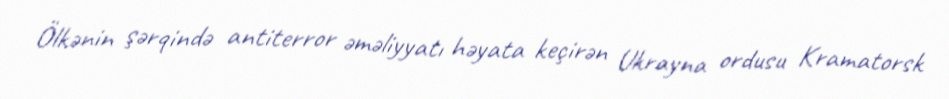
Ölkənin şərqində antiterror əməliyyatı həyata keçirən Ukrayna ordusu Kramatorsk